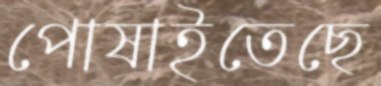
পোষাইতেছে